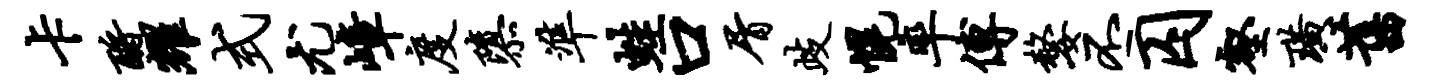
卡酹耀式尤嶂度隳准蛙口屑歧幌率傅嫠丕囚壑璜旧